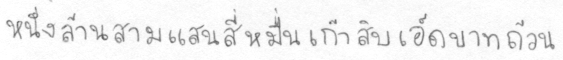
หนึ่งล้านสามแสนสี่หมื่นเก้าสิบเอ็ดบาทถ้วน